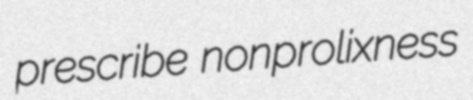
prescribe nonprolixness